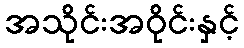
အသိုင်းအဝိုင်းနှင့်